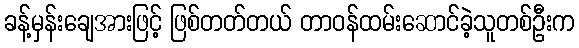
ခန့်မှန်းချေအားဖြင့် ဖြစ်တတ်တယ် တာဝန်ထမ်းဆောင်ခဲ့သူတစ်ဦးက